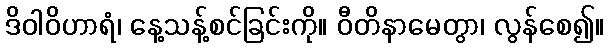
ဒိဝါဝိဟာရံ၊ နေ့သန့်စင်ခြင်းကို။ ဝီတိနာမေတွာ၊ လွန်စေ၍။